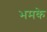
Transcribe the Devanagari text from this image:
भमके